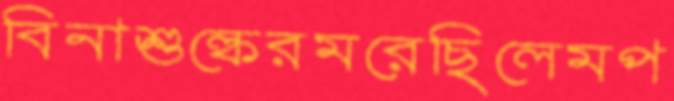
বিনাশুল্কেরমরেছিলেমপ